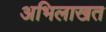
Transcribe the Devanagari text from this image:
अभिलाखत